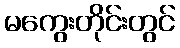
မကွေးတိုင်းတွင်